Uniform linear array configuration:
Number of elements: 16
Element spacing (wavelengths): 0.75
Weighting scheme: hamming
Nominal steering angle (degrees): -30
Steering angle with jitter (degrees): -30.286
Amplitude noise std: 0.05
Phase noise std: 0.05

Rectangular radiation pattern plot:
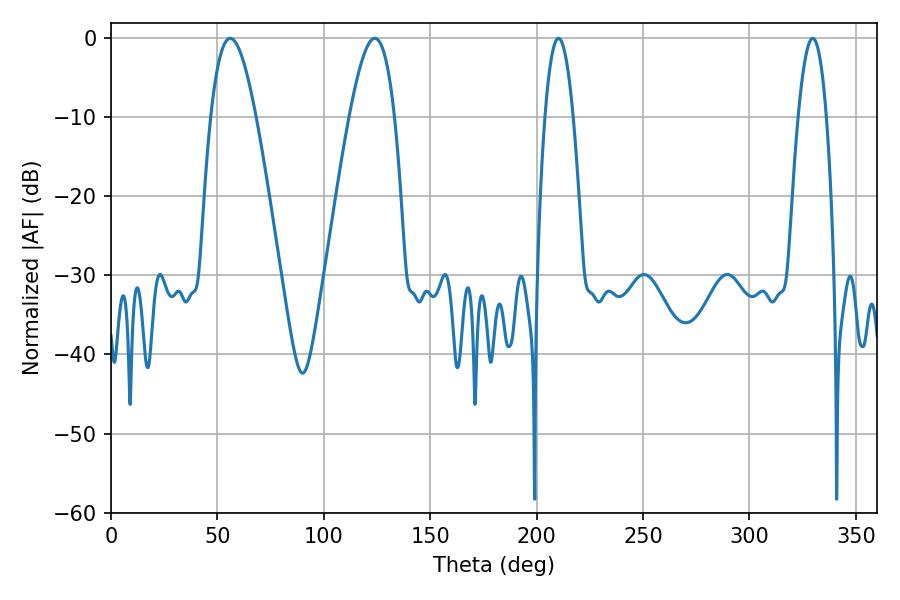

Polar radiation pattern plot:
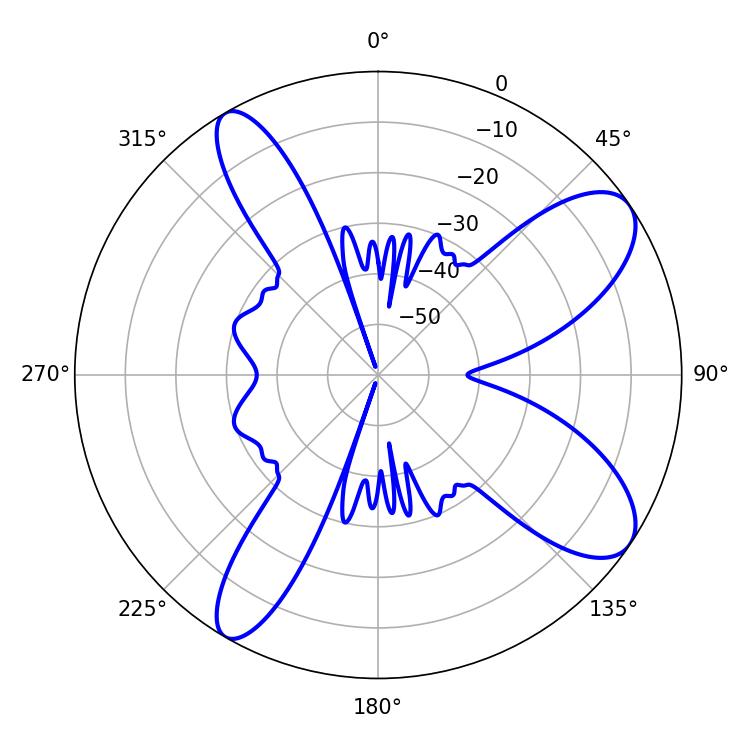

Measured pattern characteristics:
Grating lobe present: TRUE
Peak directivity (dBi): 9.499
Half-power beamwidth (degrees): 7.38
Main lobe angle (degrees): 210.24